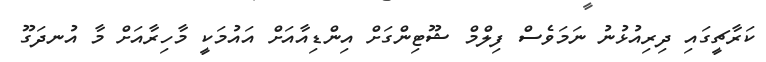
ކަރާޗީގައި ދިރިއުޅުނު ނަމަވެސް ފިލްމް ޝޫޓިންގަށް އިންޑިއާއަށް އައުމަކީ މާހިރާއަށް މާ އުނދަގޫ